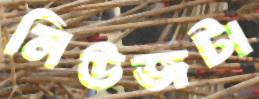
নিউজটা